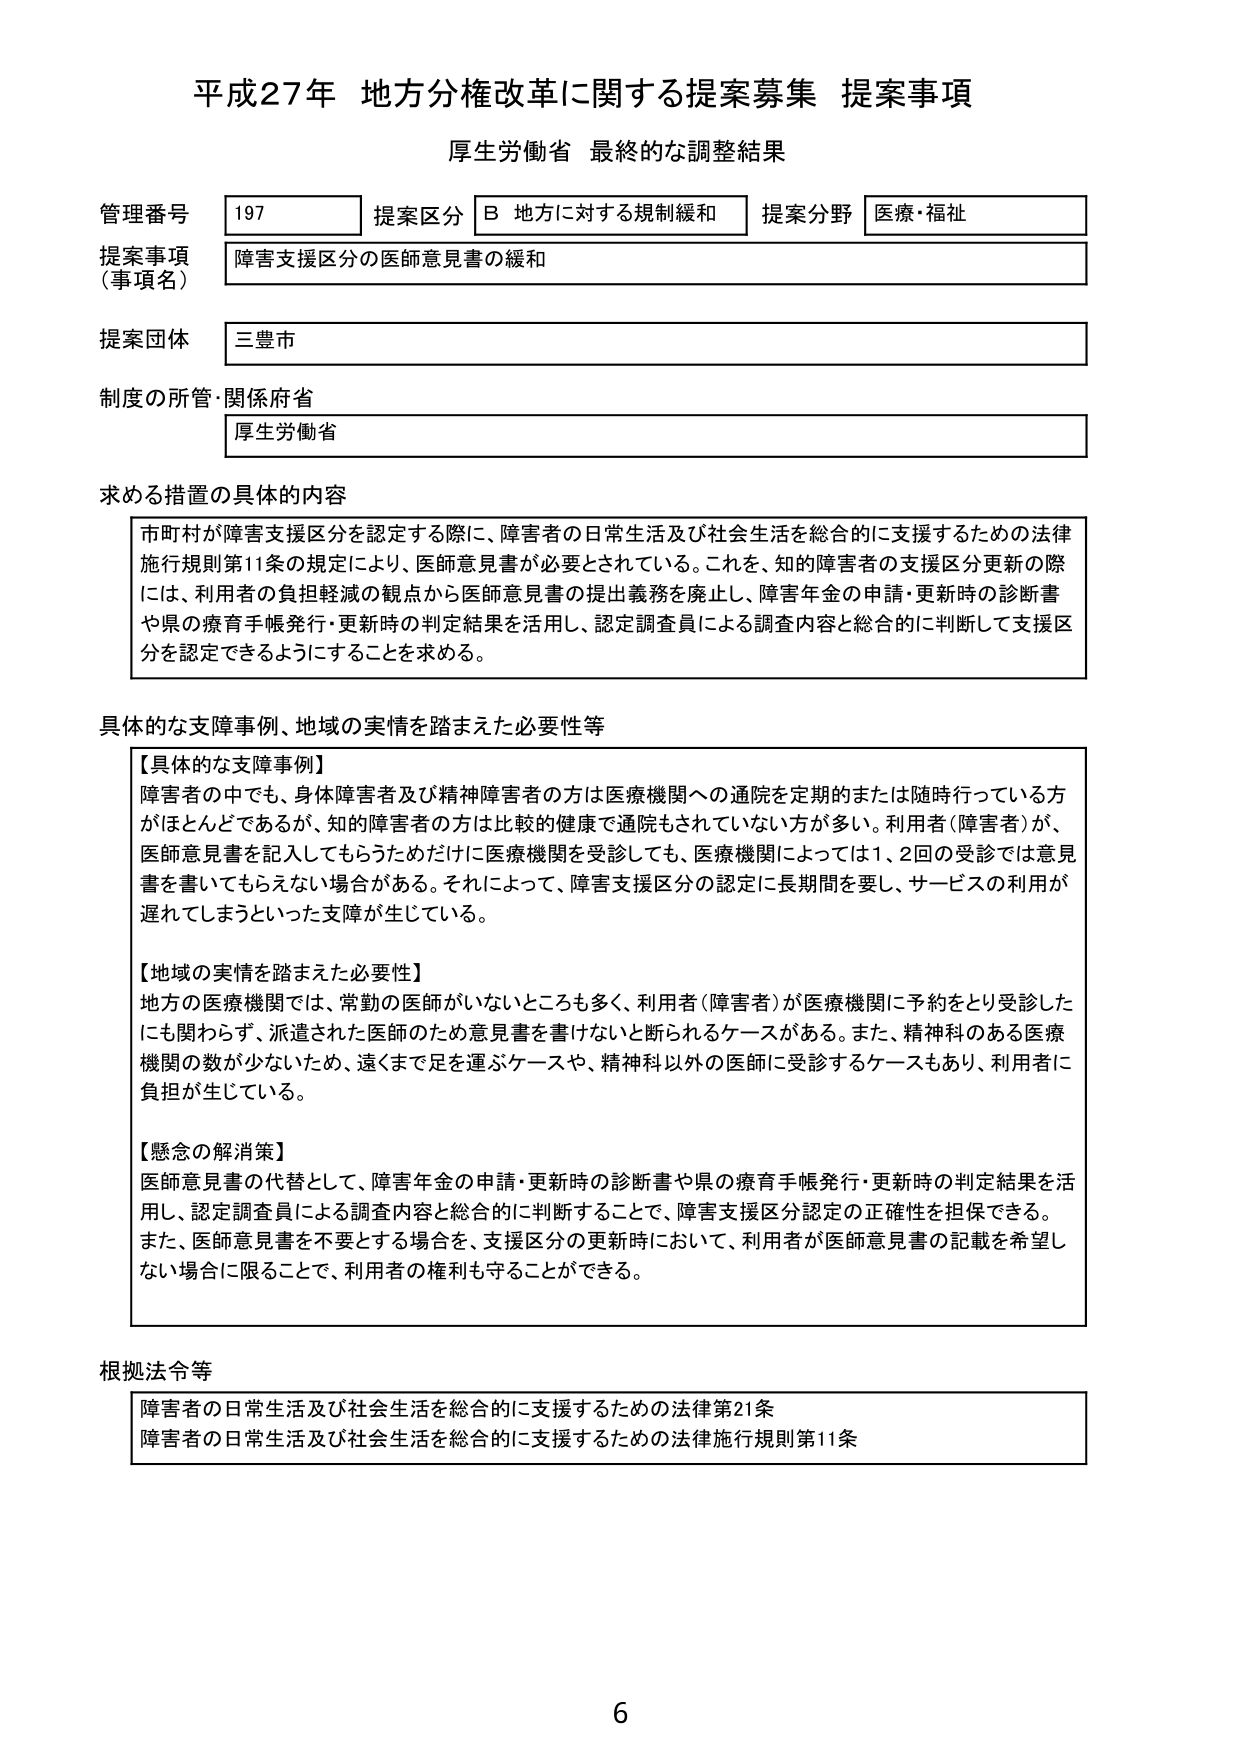
平成27年 地方分権改革に関する提案募集 提案事項
厚生労働省 最終的な調整結果

管理番号 197 提案区分 B 地方に対する規制緩和 提案分野 医療・福祉
提案事項（事項名） 障害支援区分の医師意見書の緩和
提案団体 三豊市
制度の所管・関係府省 厚生労働省

求める措置の具体的内容
市町村が障害支援区分を認定する際に、障害者の日常生活及び社会生活を総合的に支援するための法律施行規則第11条の規定により、医師意見書が必要とされている。これを、知的障害者の支援区分更新の際には、利用者の負担軽減の観点から医師意見書の提出義務を廃止し、障害年金の申請・更新時の診断書や県の療育手帳発行・更新時の判定結果を活用し、認定調査員による調査内容と総合的に判断して支援区分を認定できるようにすることを求める。

具体的な支障事例、地域の実情を踏まえた必要性等
【具体的な支障事例】
障害者の中でも、身体障害者及び精神障害者の方は医療機関への通院を定期的または随時行っている方がほとんどであるが、知的障害者の方は比較的健康で通院もされていない方が多い。利用者（障害者）が、医師意見書を記入してもらうためだけに医療機関を受診しても、医療機関によっては1、2回の受診では意見書を書いてもらえない場合がある。それによって、障害支援区分の認定に長期間を要し、サービスの利用が遅れてしまうといった支障が生じている。

【地域の実情を踏まえた必要性】
地方の医療機関では、常勤の医師がいないところも多く、利用者（障害者）が医療機関に予約をとり受診したにも関わらず、派遣された医師のため意見書を書けないと断られるケースがある。また、精神科のある医療機関の数が少ないため、遠くまで足を運ぶケースや、精神科以外の医師に受診するケースもあり、利用者に負担が生じている。

【懸念の解消策】
医師意見書の代替として、障害年金の申請・更新時の診断書や県の療育手帳発行・更新時の判定結果を活用し、認定調査員による調査内容と総合的に判断することで、障害支援区分認定の正確性を担保できる。また、医師意見書を不要とする場合を、支援区分の更新時において、利用者が医師意見書の記載を希望しない場合に限ることで、利用者の権利も守ることができる。

根拠法令等
障害者の日常生活及び社会生活を総合的に支援するための法律第21条
障害者の日常生活及び社会生活を総合的に支援するための法律施行規則第11条

6